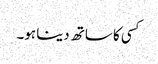
کسی کا ساتھ دینا ہو۔